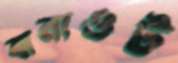
বানাওট